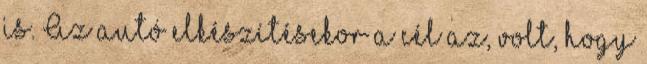
is. Az autó elkészítésekor a cél az, volt, hogy